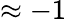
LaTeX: \approx-1